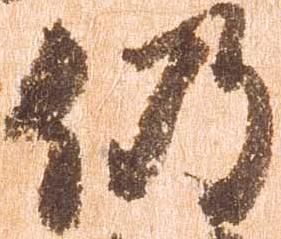
仍